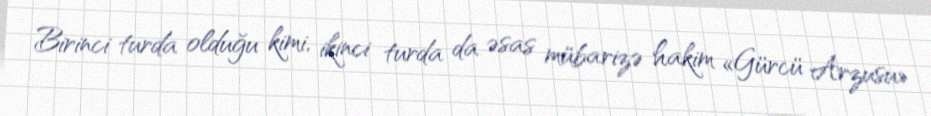
Birinci turda olduğu kimi, ikinci turda da əsas mübarizə hakim «Gürcü Arzusu»